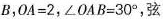
B，$$OA=2$$，$$\angle OAB=30^{\circ}$$，弦